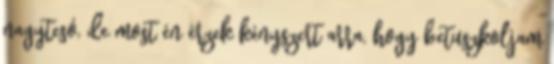
nagytesó, de most én érzek kényszert arra, hogy betuszkoljam